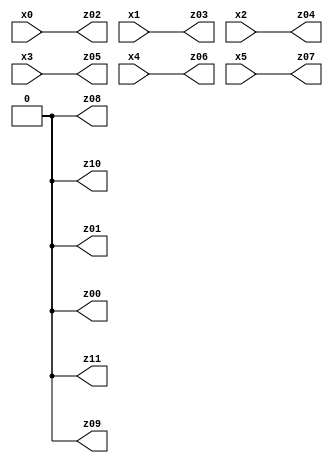
// Benchmark "X_60" written by ABC on Fri Jun 02 22:55:52 2023

module X_60 ( 
    x0, x1, x2, x3, x4, x5,
    z00, z01, z02, z03, z04, z05, z06, z07, z08, z09, z10, z11  );
  input  x0, x1, x2, x3, x4, x5;
  output z00, z01, z02, z03, z04, z05, z06, z07, z08, z09, z10, z11;
  assign z00 = 1'b0;
  assign z01 = 1'b0;
  assign z02 = x0;
  assign z03 = x1;
  assign z04 = x2;
  assign z05 = x3;
  assign z06 = x4;
  assign z07 = x5;
  assign z08 = 1'b0;
  assign z09 = 1'b0;
  assign z10 = 1'b0;
  assign z11 = 1'b0;
endmodule